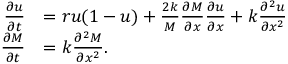
\begin{array} { r l } { \frac { \partial u } { \partial t } } & { = r u ( 1 - u ) + \frac { 2 k } { M } \frac { \partial M } { \partial x } \frac { \partial u } { \partial x } + k \frac { \partial ^ { 2 } u } { \partial x ^ { 2 } } } \\ { \frac { \partial M } { \partial t } } & { = k \frac { \partial ^ { 2 } M } { \partial x ^ { 2 } } . } \end{array}